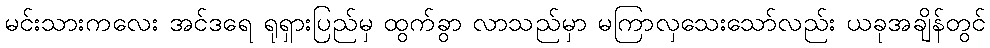
မင်းသားကလေး အင်ဒရေ ရုရှားပြည်မှ ထွက်ခွာ လာသည်မှာ မကြာလှသေးသော်လည်း ယခုအချိန်တွင်